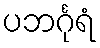
ပဘင်္ဂုရံ